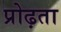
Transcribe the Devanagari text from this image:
प्रोढ़ता